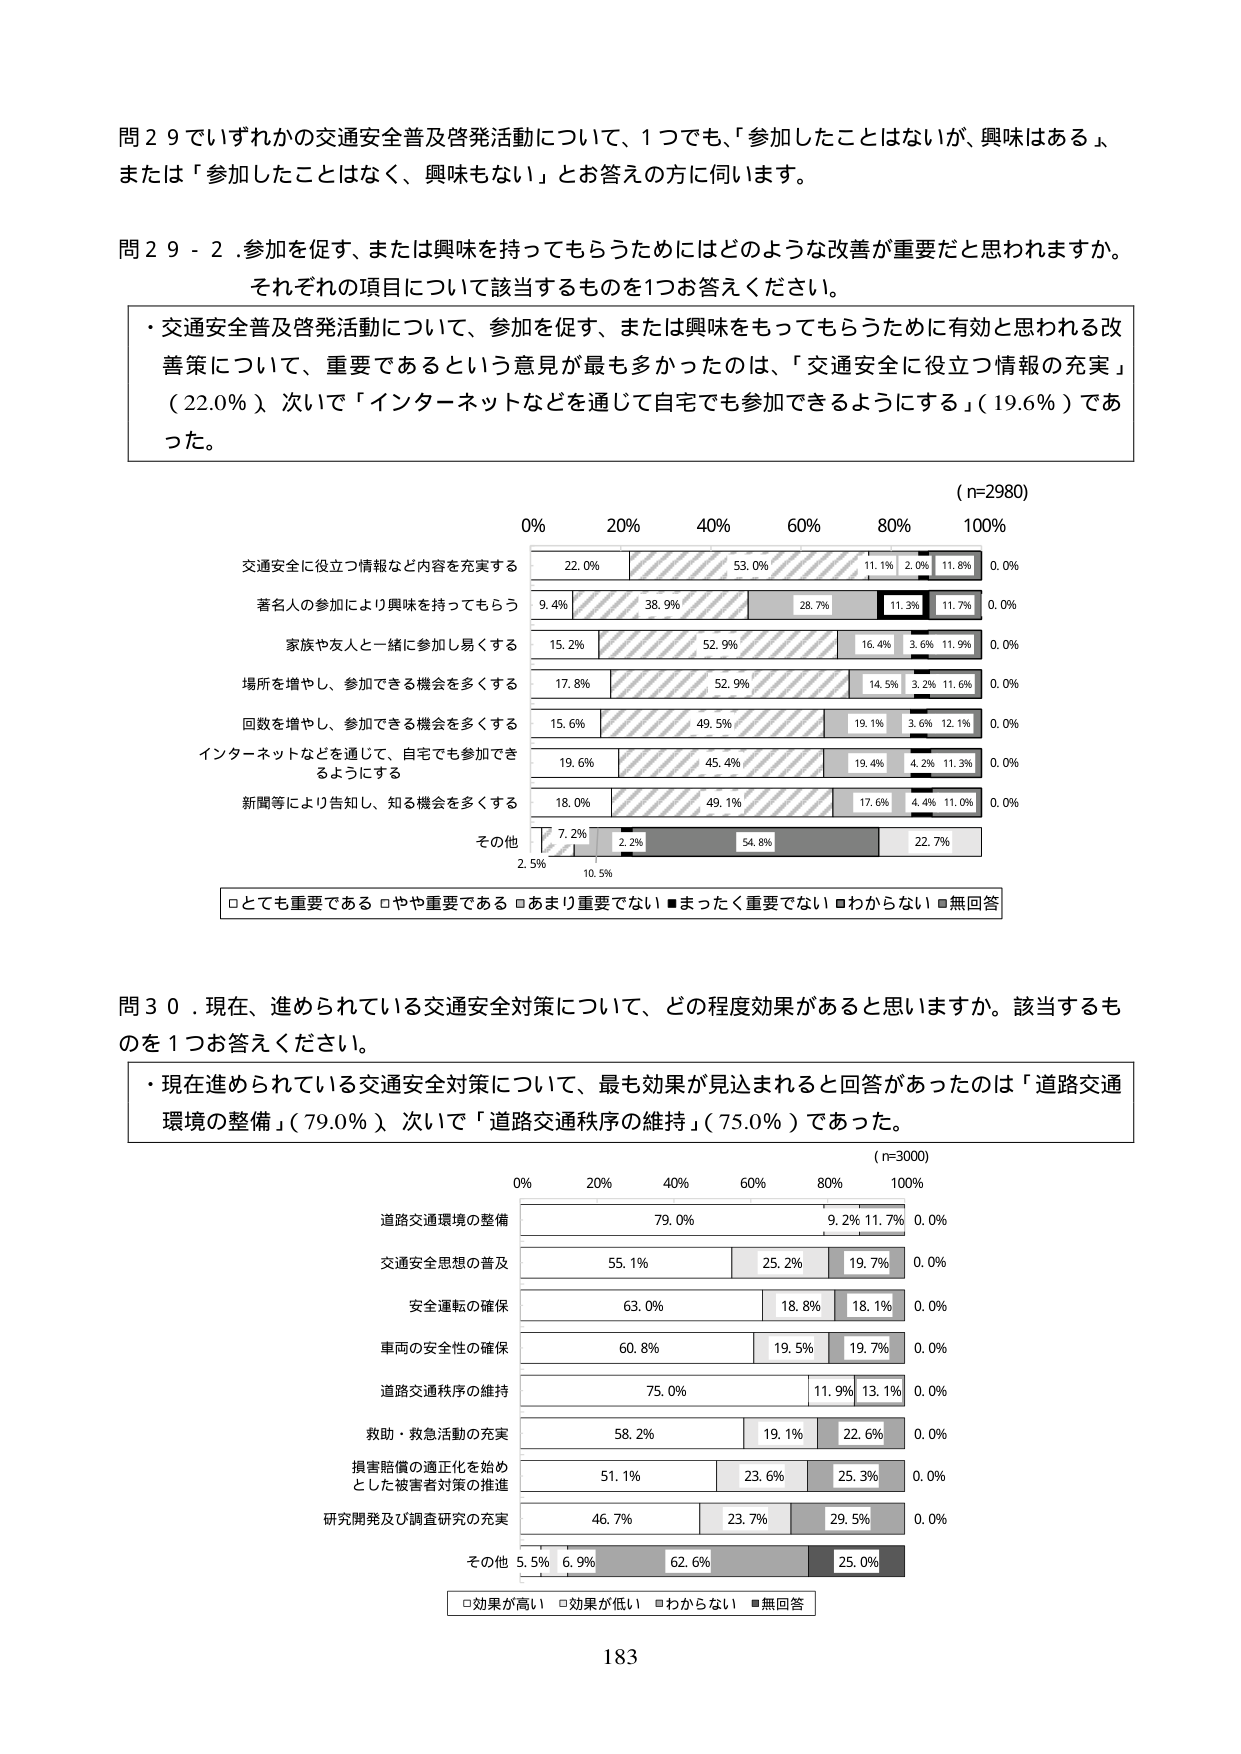
問２９ でいずれかの交通安全普及啓発活動について、１つでも、「参加したことはないが、興味はある」、または「参加したことはなく、興味もない」とお答えの方に伺います。

問２９－２．参加を促す、または興味を持ってもらうためにはどのような改善が重要だと思われますか。それぞれの項目について該当するものを１つお答えください。

・交通安全普及啓発活動について、参加を促す、または興味を持ってもらうために有効と思われる改善策について、重要であるという意見が最も多かったのは、「交通安全に役立つ情報の充実」（22.0％）、次いで「インターネットなどを通じて自宅でも参加できるようにする」（19.6％）であった。

（n=2980）

0% 20% 40% 60% 80% 100%

交通安全に役立つ情報など内容を充実する 22.0% 53.0% 11.1% 2.0% 11.8% 0.0%

著名人の参加により興味を持ってもらう 9.4% 38.9% 28.7% 11.3% 11.7% 0.0%

家族や友人と一緒に参加し易くする 15.2% 52.9% 16.4% 3.6% 11.9% 0.0%

場所を増やし、参加できる機会を多くする 17.8% 52.9% 14.5% 3.2% 11.6% 0.0%

回数を増やし、参加できる機会を多くする 15.6% 49.5% 19.1% 3.6% 12.1% 0.0%

インターネットなどを通じて、自宅でも参加できるようにする 19.6% 45.4% 19.4% 4.2% 11.3% 0.0%

新聞等により告知し、知る機会を多くする 18.0% 49.1% 17.6% 4.4% 11.0% 0.0%

その他 7.2% 2.2% 54.8% 22.7%

2.5% 10.5%

□とても重要である □やや重要である □あまり重要でない ■まったく重要でない □わからない ■無回答

問３０．現在、進められている交通安全対策について、どの程度効果があると思いますか。該当するものを１つお答えください。

・現在進められている交通安全対策について、最も効果が見込まれると回答があったのは「道路交通環境の整備」（79.0％）、次いで「道路交通秩序の維持」（75.0％）であった。

（n=3000）

0% 20% 40% 60% 80% 100%

道路交通環境の整備 79.0% 9.2% 11.7% 0.0%

交通安全思想の普及 55.1% 25.2% 19.7% 0.0%

安全運転の確保 63.0% 18.8% 18.1% 0.0%

車両の安全性の確保 60.8% 19.5% 19.7% 0.0%

道路交通秩序の維持 75.0% 11.9% 13.1% 0.0%

救助・救急活動の充実 58.2% 19.1% 22.6% 0.0%

損害賠償の適正化を始めとした被害者対策の推進 51.1% 23.6% 25.3% 0.0%

研究開発及び調査研究の充実 46.7% 23.7% 29.5% 0.0%

その他 5.5% 6.9% 62.6% 25.0%

□効果が高い □効果が低い □わからない ■無回答

183